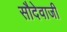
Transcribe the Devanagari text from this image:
सौदेवाजी